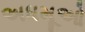
અધમૂઓ